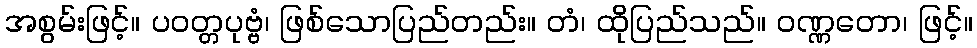
အစွမ်းဖြင့်။ ပဝတ္တပုဗ္ဗံ၊ ဖြစ်သောပြည်တည်း။ တံ၊ ထိုပြည်သည်။ ဝဏ္ဏတော၊ ဖြင့်။